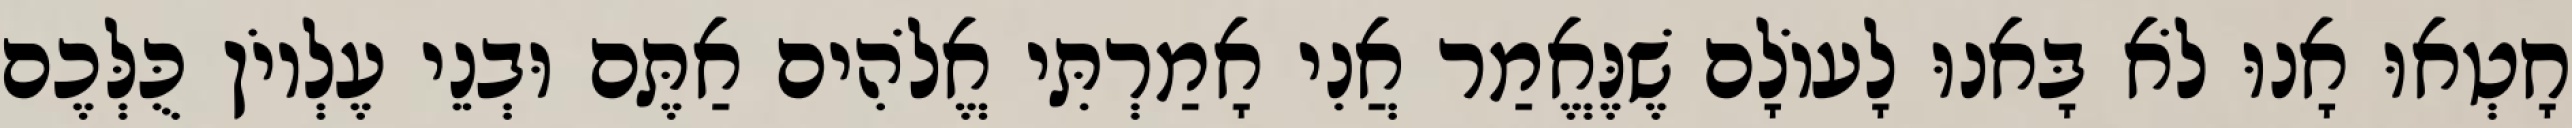
חָטְאוּ אָנוּ לֹא בָּאנוּ לָעוֹלָם שֶׁנֶּאֱמַר אֲנִי אָמַרְתִּי אֱלֹהִים אַתֶּם וּבְנֵי עֶלְיוֹן כֻּלְּכֶם